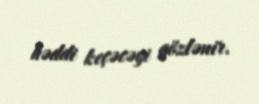
həddi keçəcəyi gözlənir.